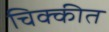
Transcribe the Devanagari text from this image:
चिक्कीत